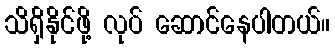
သိရှိနိုင်ဖို့ လုပ် ဆောင်နေပါတယ်။